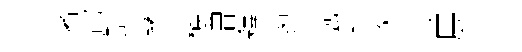
著匍缸灣穠增釋粤氲秉遂蕡展